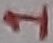
Text: 1